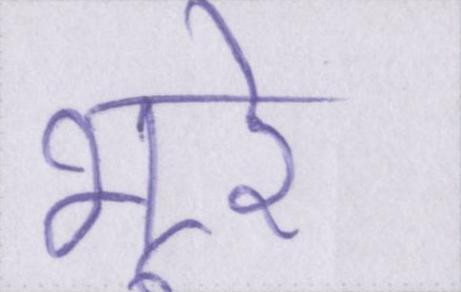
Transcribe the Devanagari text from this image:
भूरे